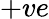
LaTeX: +ve